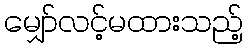
မျှော်လင့်မထားသည့်